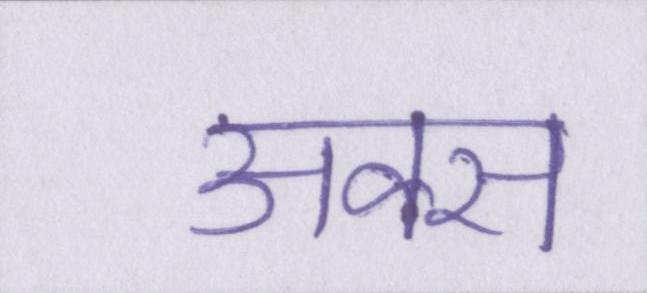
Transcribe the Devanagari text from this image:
अक्स